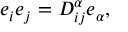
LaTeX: e _ { i } e _ { j } = D _ { i j } ^ { \alpha } e _ { \alpha } ,